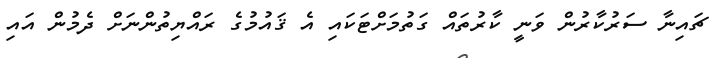
ޗައިނާ ސަރުކާރުން ވަނީ ކާރުތައް ގަތުމަށްޓަކައި އެ ޤައުމުގެ ރައްޔިތުންނަށް ދެމުން އައި